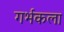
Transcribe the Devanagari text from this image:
गर्भकला